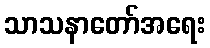
သာသနာတော်အရေး